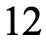
12